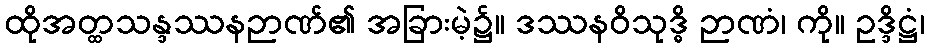
ထိုအတ္ထသန္ဒဿနဉာဏ်၏ အခြားမဲ့၌။ ဒဿနဝိသုဒ္ဓိ ဉာဏံ၊ ကို။ ဥဒ္ဒိဋ္ဌံ၊